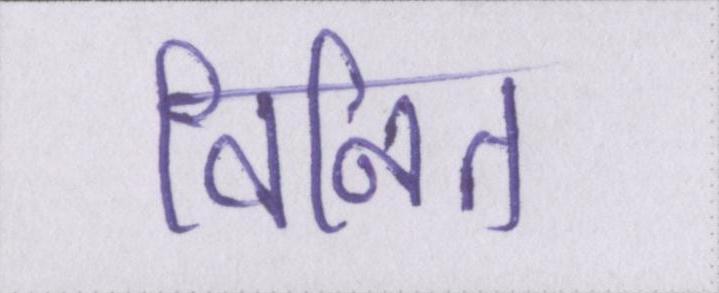
विनित